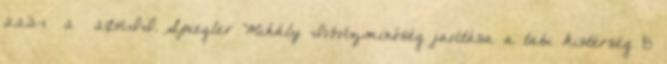
223-1 2 2014.II. Spiegler Mihály Ivóvízminőség javítása a tabi kistérség 8